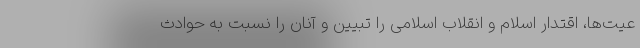
عیت‌ها، اقتدار اسلام و انقلاب اسلامی را تبیین و آنان را نسبت به حوادث